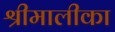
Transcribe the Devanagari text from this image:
श्रीमालीका